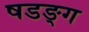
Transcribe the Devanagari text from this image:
षडङ्ग